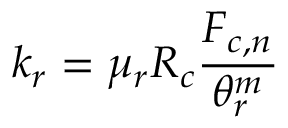
k _ { r } = \mu _ { r } R _ { c } \frac { F _ { c , n } } { \theta _ { r } ^ { m } }